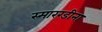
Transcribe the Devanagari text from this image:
स्मारग्डीना